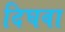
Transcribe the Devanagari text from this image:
दिघवा